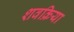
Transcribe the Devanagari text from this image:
शवक्रिया